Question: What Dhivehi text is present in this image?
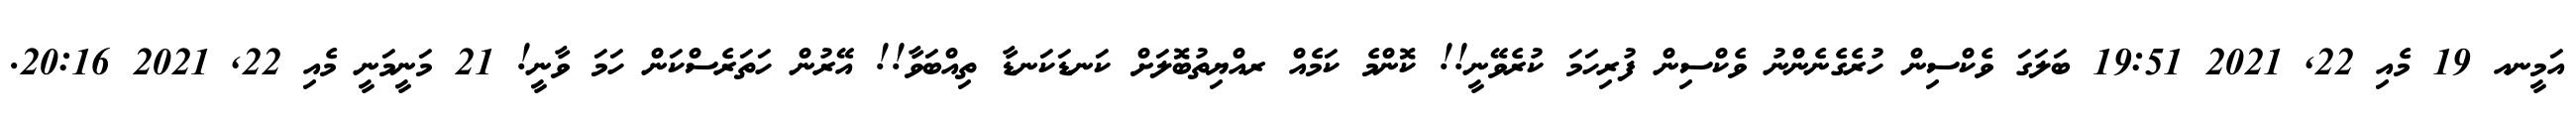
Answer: އަމީނއ 19 މެއި 22, 2021 19:51 ބަލަގަ ވެކްސިން ހުރެގެނެންނު ވެކްސިން ފުރިހަމަ ކުރެވޭނީ!! ކޮންމެ ކަމެއް ރއްޔިތުބޮލަށް ކަނޑަކަނޑާ ތިއްބަވާ!! އޭރުން ހަތަރެސްކަން ހަމަ ވާނީ! 21 މަނީމަނީ މެއި 22, 2021 20:16.